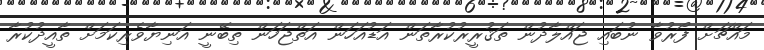
މައްޗަށް ފޯރުވާ ނުބައި ޖައްލާދުން ތަޤުރީރުކުރާތަން އަޑުއަހަން އަތްޖަހަން ތިބޭނީ އަނިޔާވެރިކަމަށް ތާއީދުކުރާ